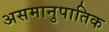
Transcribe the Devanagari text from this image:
असमानुपातिक